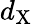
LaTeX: d_{\mathrm{{X}}}